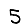
Digit: 5